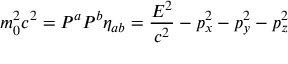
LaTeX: m _ { 0 } ^ { 2 } c ^ { 2 } = P ^ { a } P ^ { b } \eta _ { a b } = { \frac { E ^ { 2 } } { c ^ { 2 } } } - p _ { x } ^ { 2 } - p _ { y } ^ { 2 } - p _ { z } ^ { 2 }